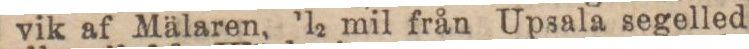
vik af Mälaren, 1/2 mil från Upsala segelled